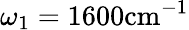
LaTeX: \omega_{1}=1600\mathrm{cm}^{-1}